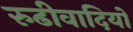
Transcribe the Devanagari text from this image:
रुढीवादियों